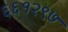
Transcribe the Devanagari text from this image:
६६१२९७